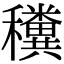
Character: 䆏